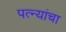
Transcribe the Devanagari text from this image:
पत्‍न्यांचा